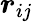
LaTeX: \boldsymbol{r}_{ij}